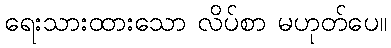
ရေးသားထားသော လိပ်စာ မဟုတ်ပေ။